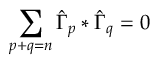
\sum _ { p + q = n } \hat { \Gamma } _ { p } * \hat { \Gamma } _ { q } = 0